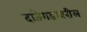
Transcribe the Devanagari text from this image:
दातेगडावरील